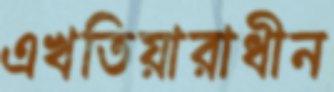
এখতিয়ারাধীন